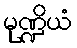
မုဏ္ဍိယံ